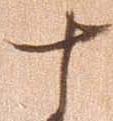
十